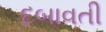
દબાવતી